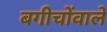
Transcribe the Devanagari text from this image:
बगीचोंवाले